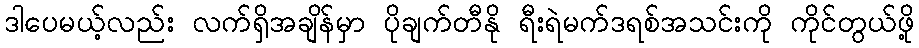
ဒါပေမယ့်လည်း လက်ရှိအချိန်မှာ ပိုချက်တီနို ရီးရဲမက်ဒရစ်အသင်းကို ကိုင်တွယ်ဖို့